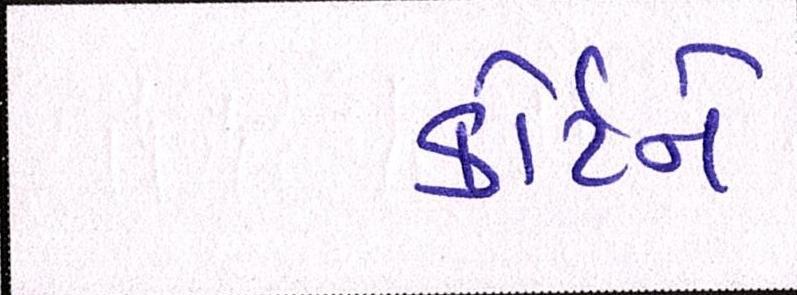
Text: કોર્ટને